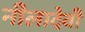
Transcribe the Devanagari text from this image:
नीलादेवी